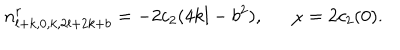
LaTeX: n _ { l + k , 0 , k , 2 l + 2 k + b } ^ { r } = - 2 c _ { 2 } ( 4 k l - b ^ { 2 } ) , \ \ \chi = 2 c _ { 2 } ( 0 ) .